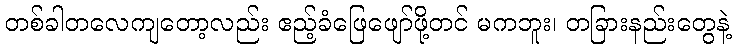
တစ်ခါတလေကျတော့လည်း ဧည့်ခံဖြေဖျော်ဖို့တင် မကဘူး၊ တခြားနည်းတွေနဲ့